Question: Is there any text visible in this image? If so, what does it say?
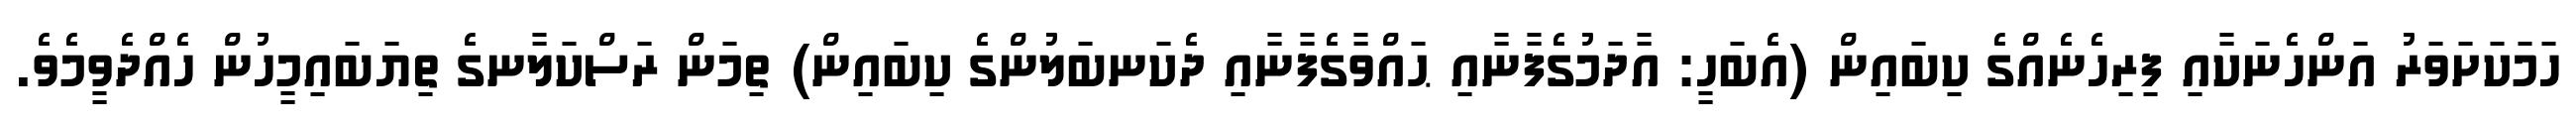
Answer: ހަމަކަށަވަރު އަންހެނަކާއި ފިރިހެނެއްގެ ކިބައިން (އެބަހީ: އާދަމުގެފާނާއި ޙައްވާގެފާނާއި ދެކަނބަލުންގެ ކިބައިން) ތިމަން ރަސްކަލާނގެ ތިޔަބައިމީހުން ހެއްދެވީމެވެ.